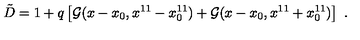
{ \tilde { D } } = 1 + q \left[ { \cal G } ( x - x _ { 0 } , x ^ { 1 1 } - x _ { 0 } ^ { 1 1 } ) + { \cal G } ( x - x _ { 0 } , x ^ { 1 1 } + x _ { 0 } ^ { 1 1 } ) \right] \ .